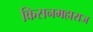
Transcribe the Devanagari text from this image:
किसनमहाराज